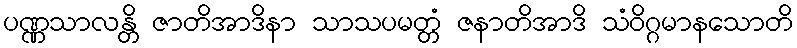
ပဏ္ဏသာလန္တိ ဇာတိအာဒိနာ သာသပမတ္တံ ဇနာတိအာဒိ သံဝိဂ္ဂမာနသောတိ